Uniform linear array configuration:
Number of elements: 24
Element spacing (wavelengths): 0.25
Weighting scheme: blackman
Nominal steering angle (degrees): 0
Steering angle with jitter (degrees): -0.9616
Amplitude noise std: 0.05
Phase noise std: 0.05

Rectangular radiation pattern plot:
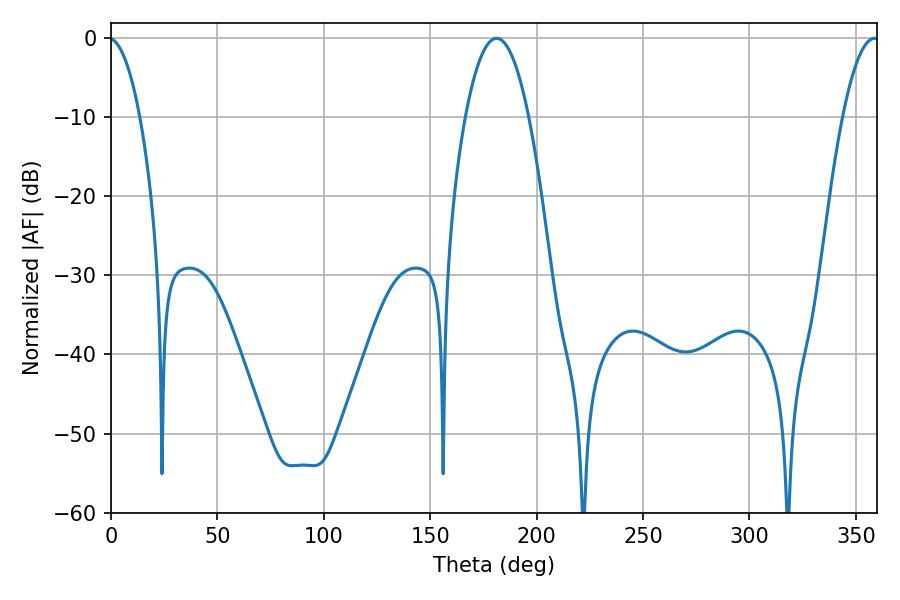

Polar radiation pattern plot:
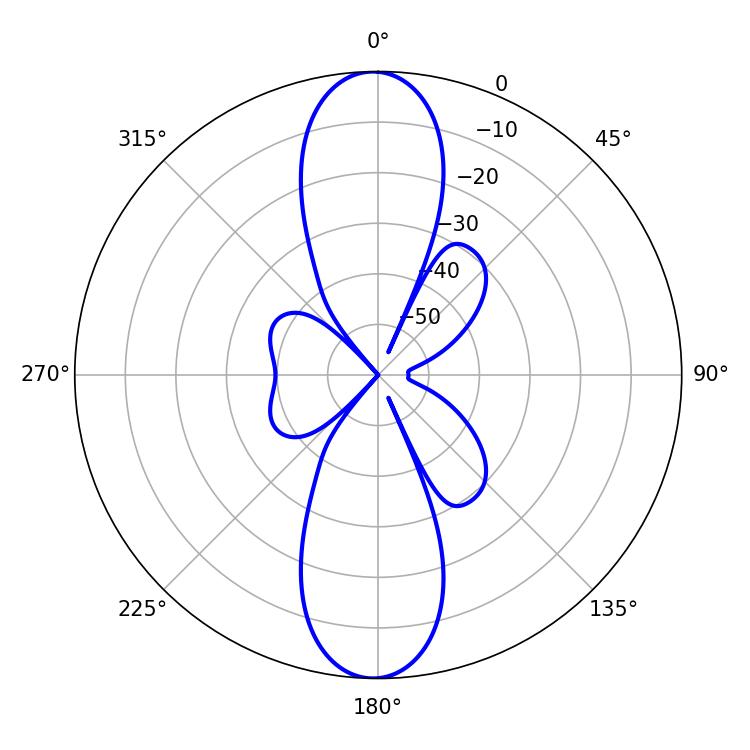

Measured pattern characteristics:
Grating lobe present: FALSE
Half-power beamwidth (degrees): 16.38
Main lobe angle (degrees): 181.26